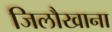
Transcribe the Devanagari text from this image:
जिलौखाना